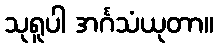
သုရူပါ အင်္ဂသံယုတာ။